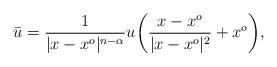
LaTeX: \begin{align*} \bar{u}=\frac{1}{|x-x^o|^{n-\alpha}}u\bigg(\frac{x-x^o}{|x-x^o|^2}+x^o \bigg), \end{align*}